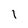
Character: I